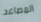
المصاعد